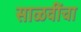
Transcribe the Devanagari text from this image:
साळवींचा